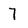
Character: 7